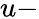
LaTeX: u-